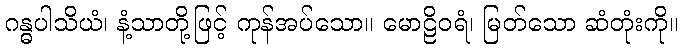
ဂန္ဓပါသိယံ၊ နံ့သာတို့ဖြင့် ကုန်အပ်သော။ မောဠိဝရံ၊ မြတ်သော ဆံတုံးကို။